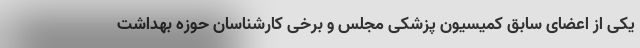
یکی از اعضای سابق کمیسیون پزشکی مجلس و برخی کارشناسان حوزه بهداشت